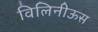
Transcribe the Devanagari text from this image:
विलिनीऊस